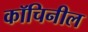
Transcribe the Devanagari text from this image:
कॉचिनील